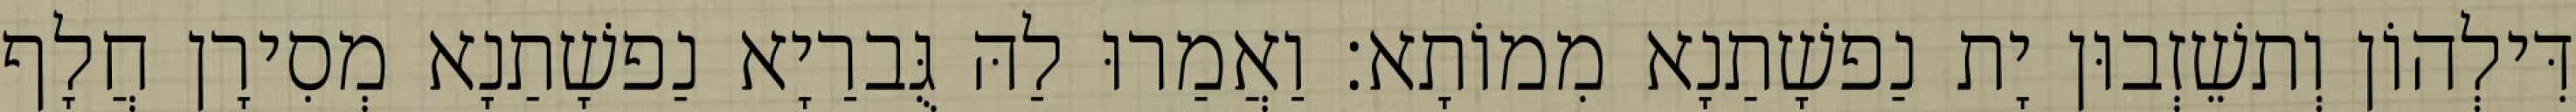
דִּילְהוֹן וְתשֵׁזְבוּן יָת נַפשָׁתַנָא מִמוֹתָא׃ וַאֲמַרוּ לַהּ גֻּברַיָא נַפשָׁתַנָא מְסִירָן חֲלָף